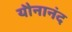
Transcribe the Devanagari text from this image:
यौनानंद